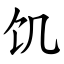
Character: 饥